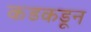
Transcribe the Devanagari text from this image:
कडकडून